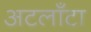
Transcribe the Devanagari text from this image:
अटलाँटा